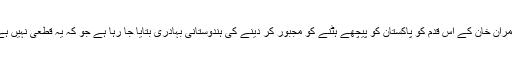
عمران خان کے اس قدم کو پاکستان کو پیچھے ہٹنے کو مجبور کر دینے کی ہندوستانی بہادری بتایا جا رہا ہے جو کہ یہ قطعی نہیں ہے۔